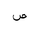
Letter: _sad